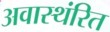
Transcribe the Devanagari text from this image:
अवास्थंरित